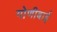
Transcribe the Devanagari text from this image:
गोणीबाई